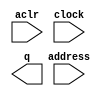
// megafunction wizard: %ROM: 1-PORT%VBB%
// GENERATION: STANDARD
// VERSION: WM1.0
// MODULE: altsyncram 

// ============================================================
// Megafunction Name(s):
// 			altsyncram
//
// Simulation Library Files(s):
// 			altera_mf
// ============================================================
// ************************************************************
// THIS IS A WIZARD-GENERATED FILE. DO NOT EDIT THIS FILE!
//
// 22.1std.0 Build 915 10/25/2022 SC Lite Edition
// ************************************************************

//Copyright (C) 2022  Intel Corporation. All rights reserved.
//Your use of Intel Corporation's design tools, logic functions 
//and other software and tools, and any partner logic 
//functions, and any output files from any of the foregoing 
//(including device programming or simulation files), and any 
//associated documentation or information are expressly subject 
//to the terms and conditions of the Intel Program License 
//Subscription Agreement, the Intel Quartus Prime License Agreement,
//the Intel FPGA IP License Agreement, or other applicable license
//agreement, including, without limitation, that your use is for
//the sole purpose of programming logic devices manufactured by
//Intel and sold by Intel or its authorized distributors.  Please
//refer to the applicable agreement for further details, at
//https://fpgasoftware.intel.com/eula.

module RomDataMem (
	aclr,
	address,
	clock,
	q);

	input	  aclr;
	input	[15:0]  address;
	input	  clock;
	output	[7:0]  q;
`ifndef ALTERA_RESERVED_QIS
// synopsys translate_off
`endif
	tri0	  aclr;
	tri1	  clock;
`ifndef ALTERA_RESERVED_QIS
// synopsys translate_on
`endif

endmodule

// ============================================================
// CNX file retrieval info
// ============================================================
// Retrieval info: PRIVATE: ADDRESSSTALL_A NUMERIC "0"
// Retrieval info: PRIVATE: AclrAddr NUMERIC "1"
// Retrieval info: PRIVATE: AclrByte NUMERIC "0"
// Retrieval info: PRIVATE: AclrOutput NUMERIC "1"
// Retrieval info: PRIVATE: BYTE_ENABLE NUMERIC "0"
// Retrieval info: PRIVATE: BYTE_SIZE NUMERIC "8"
// Retrieval info: PRIVATE: BlankMemory NUMERIC "0"
// Retrieval info: PRIVATE: CLOCK_ENABLE_INPUT_A NUMERIC "0"
// Retrieval info: PRIVATE: CLOCK_ENABLE_OUTPUT_A NUMERIC "0"
// Retrieval info: PRIVATE: Clken NUMERIC "0"
// Retrieval info: PRIVATE: IMPLEMENT_IN_LES NUMERIC "0"
// Retrieval info: PRIVATE: INIT_FILE_LAYOUT STRING "PORT_A"
// Retrieval info: PRIVATE: INIT_TO_SIM_X NUMERIC "0"
// Retrieval info: PRIVATE: INTENDED_DEVICE_FAMILY STRING "Cyclone V"
// Retrieval info: PRIVATE: JTAG_ENABLED NUMERIC "0"
// Retrieval info: PRIVATE: JTAG_ID STRING "NONE"
// Retrieval info: PRIVATE: MAXIMUM_DEPTH NUMERIC "0"
// Retrieval info: PRIVATE: MIFfilename STRING "ROMSave.mif"
// Retrieval info: PRIVATE: NUMWORDS_A NUMERIC "65536"
// Retrieval info: PRIVATE: RAM_BLOCK_TYPE NUMERIC "0"
// Retrieval info: PRIVATE: RegAddr NUMERIC "1"
// Retrieval info: PRIVATE: RegOutput NUMERIC "0"
// Retrieval info: PRIVATE: SYNTH_WRAPPER_GEN_POSTFIX STRING "0"
// Retrieval info: PRIVATE: SingleClock NUMERIC "1"
// Retrieval info: PRIVATE: UseDQRAM NUMERIC "0"
// Retrieval info: PRIVATE: WidthAddr NUMERIC "16"
// Retrieval info: PRIVATE: WidthData NUMERIC "8"
// Retrieval info: PRIVATE: rden NUMERIC "0"
// Retrieval info: LIBRARY: altera_mf altera_mf.altera_mf_components.all
// Retrieval info: CONSTANT: ADDRESS_ACLR_A STRING "CLEAR0"
// Retrieval info: CONSTANT: CLOCK_ENABLE_INPUT_A STRING "BYPASS"
// Retrieval info: CONSTANT: CLOCK_ENABLE_OUTPUT_A STRING "BYPASS"
// Retrieval info: CONSTANT: INIT_FILE STRING "ROMSave.mif"
// Retrieval info: CONSTANT: INTENDED_DEVICE_FAMILY STRING "Cyclone V"
// Retrieval info: CONSTANT: LPM_TYPE STRING "altsyncram"
// Retrieval info: CONSTANT: NUMWORDS_A NUMERIC "65536"
// Retrieval info: CONSTANT: OPERATION_MODE STRING "ROM"
// Retrieval info: CONSTANT: OUTDATA_ACLR_A STRING "CLEAR0"
// Retrieval info: CONSTANT: OUTDATA_REG_A STRING "UNREGISTERED"
// Retrieval info: CONSTANT: WIDTHAD_A NUMERIC "16"
// Retrieval info: CONSTANT: WIDTH_A NUMERIC "8"
// Retrieval info: CONSTANT: WIDTH_BYTEENA_A NUMERIC "1"
// Retrieval info: USED_PORT: aclr 0 0 0 0 INPUT GND "aclr"
// Retrieval info: USED_PORT: address 0 0 16 0 INPUT NODEFVAL "address[15..0]"
// Retrieval info: USED_PORT: clock 0 0 0 0 INPUT VCC "clock"
// Retrieval info: USED_PORT: q 0 0 8 0 OUTPUT NODEFVAL "q[7..0]"
// Retrieval info: CONNECT: @aclr0 0 0 0 0 aclr 0 0 0 0
// Retrieval info: CONNECT: @address_a 0 0 16 0 address 0 0 16 0
// Retrieval info: CONNECT: @clock0 0 0 0 0 clock 0 0 0 0
// Retrieval info: CONNECT: q 0 0 8 0 @q_a 0 0 8 0
// Retrieval info: GEN_FILE: TYPE_NORMAL RomDataMem.v TRUE
// Retrieval info: GEN_FILE: TYPE_NORMAL RomDataMem.inc FALSE
// Retrieval info: GEN_FILE: TYPE_NORMAL RomDataMem.cmp FALSE
// Retrieval info: GEN_FILE: TYPE_NORMAL RomDataMem.bsf FALSE
// Retrieval info: GEN_FILE: TYPE_NORMAL RomDataMem_inst.v FALSE
// Retrieval info: GEN_FILE: TYPE_NORMAL RomDataMem_bb.v TRUE
// Retrieval info: LIB_FILE: altera_mf